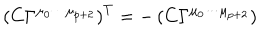
\left( C \Gamma ^ { \mu _ { 0 } \cdots \mu _ { p + 2 } } \right) ^ { T } = - \left( C \Gamma ^ { \mu _ { 0 } \cdots \mu _ { p + 2 } } \right)